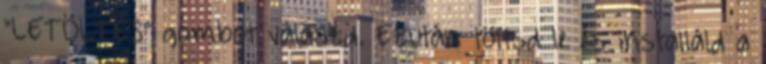
"LETÖLTÉS" gombot válaszd. Ezután töltsd le és installáld a